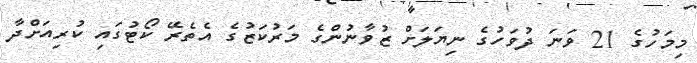
މިމަހުގެ 21 ވަނަ ދުވަހުގެ ނިޔަލަށް ޒުވާނުންގެ މަރުކަޒުގެ އެތެރޭ ކޯޓުގައި ކުރިއަށްދާ